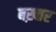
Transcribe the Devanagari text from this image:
बख़्तर